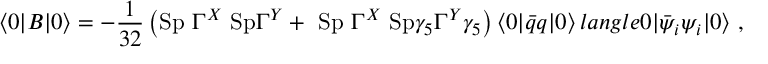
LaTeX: \langle 0 | B | 0 \rangle = - \frac 1 { 3 2 } \left( \mathrm { S p ~ } \Gamma ^ { X } \mathrm { ~ S p } \Gamma ^ { Y } + \mathrm { ~ S p ~ } \Gamma ^ { X } \mathrm { ~ S p } \gamma _ { 5 } \Gamma ^ { Y } \gamma _ { 5 } \right) \langle 0 | \bar { q } q | 0 \rangle \, l a n g l e 0 | \bar { \psi } _ { i } \psi _ { i } | 0 \rangle \ ,